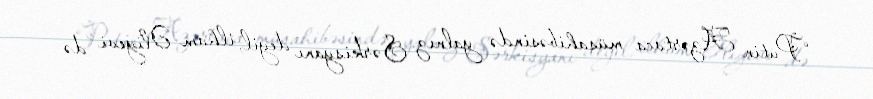
“Putin Azərtaca müsahibəsində yalnız Sərkisyanı deyil, ilham Əliyevi də